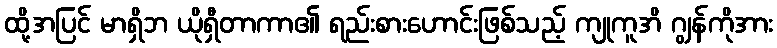
ထို့အပြင် မာရှိဘ ယိုရှီတာကာ၏ ရည်းစားဟောင်းဖြစ်သည့် ကျုကူအိ ဂျွန်ကိုအား